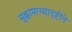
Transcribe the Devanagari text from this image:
मुक्कामाच्यादृष्टीने